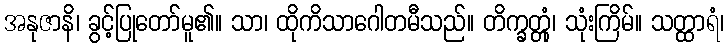
အနုဇာနိ၊ ခွင့်ပြုတော်မူ၏။ သာ၊ ထိုကိသာဂေါတမီသည်။ တိက္ခတ္တုံ၊ သုံးကြိမ်။ သတ္ထာရံ၊